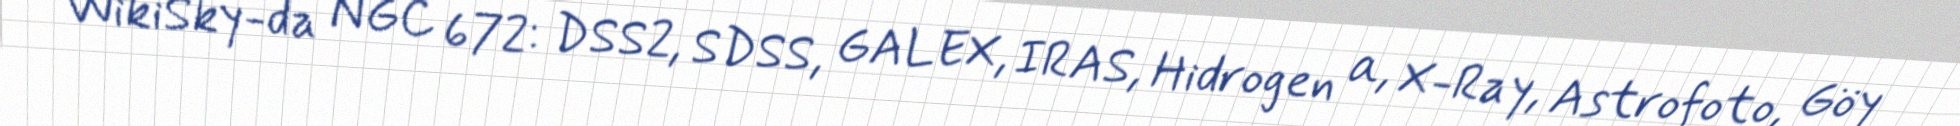
WikiSky-da NGC 672: DSS2, SDSS, GALEX, IRAS, Hidrogen α, X-Ray, Astrofoto, Göy